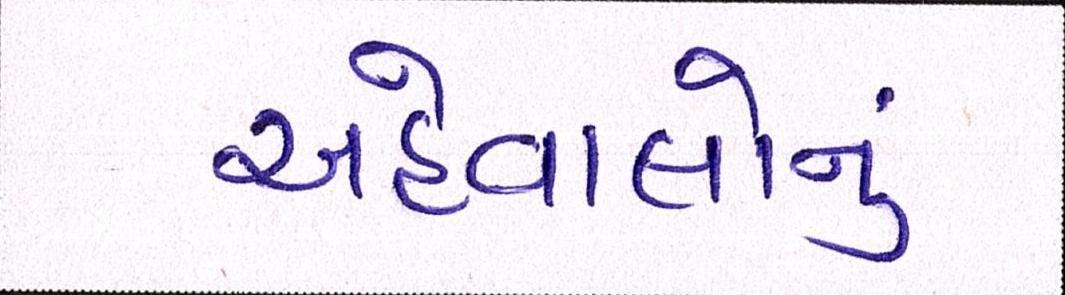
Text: અહેવાલોનું